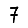
Digit: 7